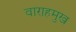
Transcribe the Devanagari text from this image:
वाराहमुख